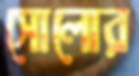
সোলোর